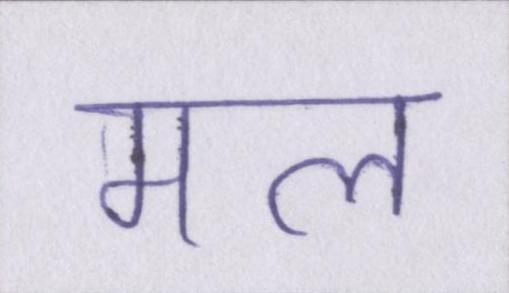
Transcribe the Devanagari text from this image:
मल